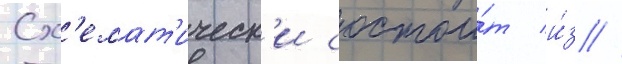
Сх'емат'ическ'и состои́т и́з //